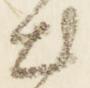
出